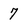
Character: 7